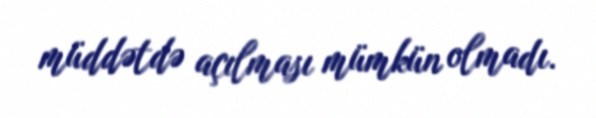
müddətdə açılması mümkün olmadı.